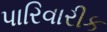
પારિવારીક